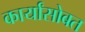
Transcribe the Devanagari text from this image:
कार्यांसोबत